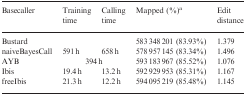
<table><thead><tr><td><b>Basecaller</b></td><td><b>Training time</b></td><td><b>Calling time</b></td><td><b>Mapped (%)<sup>a</sup></b></td><td><b>Edit distance</b></td></tr></thead><tbody><tr><td>Bustard</td><td></td><td></td><td>583 348 201 (83.93%)</td><td>1.379</td></tr><tr><td>naiveBayesCall</td><td>591 h</td><td>658 h</td><td>578 957 145 (83.34%)</td><td>1.496</td></tr><tr><td>AYB</td><td colspan="2">394 h</td><td>593 183 967 (85.52%)</td><td>1.076</td></tr><tr><td>Ibis</td><td>19.4 h</td><td>13.2 h</td><td>592 929 953 (85.31%)</td><td>1.167</td></tr><tr><td>freeIbis</td><td>21.3 h</td><td>12.2 h</td><td>594 095 219 (85.48%)</td><td>1.145</td></tr></tbody></table>